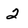
Character: 2